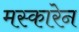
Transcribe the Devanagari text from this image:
मस्कारेन